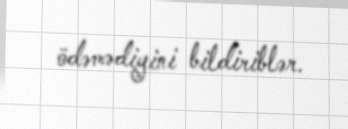
ödəmədiyini bildiriblər.